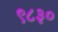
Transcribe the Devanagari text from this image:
९८३०